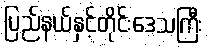
ပြည်နယ်နှင့်တိုင်းဒေသကြီး